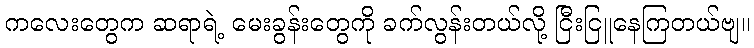
ကလေးတွေက ဆရာရဲ့ မေးခွန်းတွေကို ခက်လွန်းတယ်လို့ ငြီးငြူနေကြတယ်ဗျ။